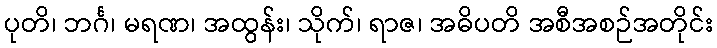
ပုတိ၊ ဘင်္ဂ၊ မရဏ၊ အထွန်း၊ သိုက်၊ ရာဇ၊ အဓိပတိ အစီအစဉ်အတိုင်း